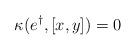
LaTeX: \begin{align*}\kappa(e^{\dag},[x,y]) = 0\end{align*}